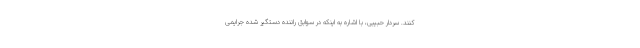
کنند. سردار حبیبی، با اشاره به اینکه در سوابق راننده دستگیر شده جرایمی